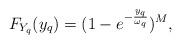
LaTeX: \begin{align*}{F_{{Y_q }}}({y_q }) = {(1 - {e^{ - \frac{{{y_q }}}{{{\omega _q }}}}})^M},\end{align*}